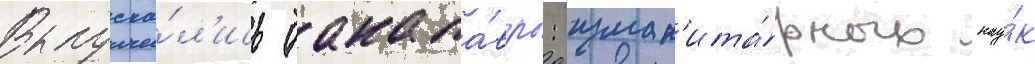
Выпуска́л'ись бакала́вры: гуман'ита́рных нау́к